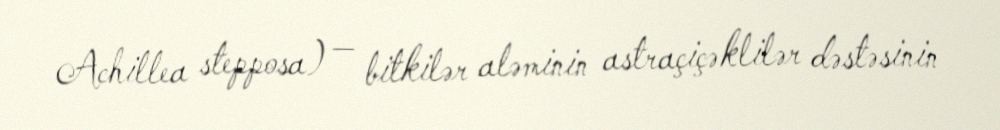
Achillea stepposa) — bitkilər aləminin astraçiçəklilər dəstəsinin